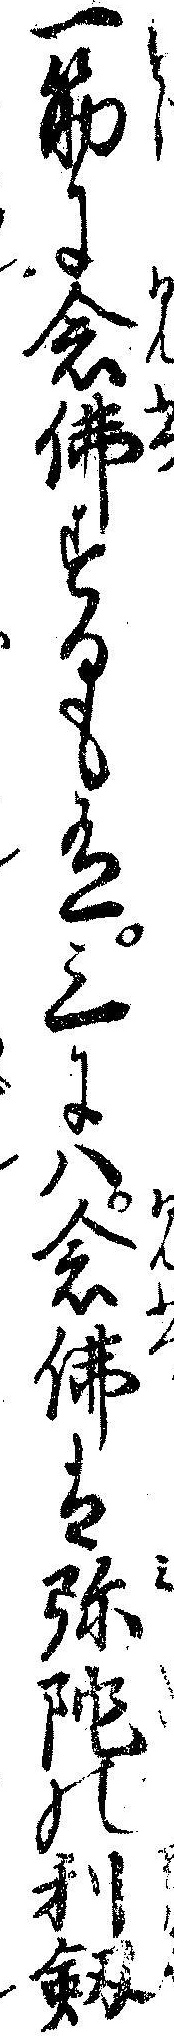
一筋に念仏するも有三にハ念仏は弥陀の利剣